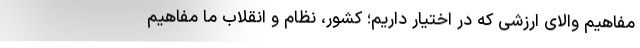
مفاهیم والای ارزشی که در اختیار داریم؛ کشور، نظام و انقلاب ما مفاهیم